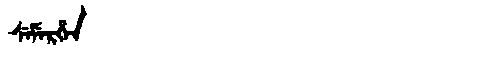
Manchu: ᠰᡝᠮᡝᡵᡥᡝᠨ
Romanization: SEMERHEN